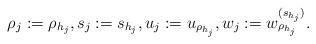
LaTeX: \begin{align*} \rho_j := \rho_{h_j}, s_j := s_{h_j}, u_j := u_{\rho_{h_j}}, w_j := w^{(s_{h_j})}_{\rho_{h_j}}. \end{align*}